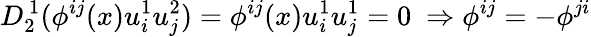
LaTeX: D_{2}^{\, 1}(\phi^{ij}(x)u_{i}^{1}u_{j}^{2})=\phi^{ij}(x)u_{i}^{1}u_{j}^{1}=0\ \Rightarrow\phi^{ij}=-\phi^{ji}